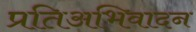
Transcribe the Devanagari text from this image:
प्रतिअभिवादन